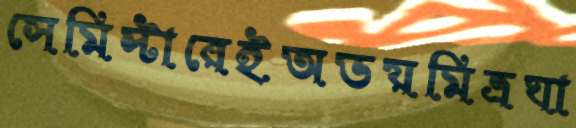
সেমিস্টারেইঅভয়মিত্রঘা